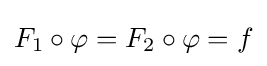
F_{1}\circ \varphi =F_{2}\circ \varphi =f